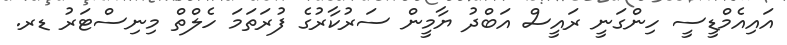
އައިއެމްޑީސީ ހިންގަނީ ރައީސް އަބްދު ޔާމީން ސަރުކާރުގެ ފުރަތަމަ ހެލްތް މިނިސްޓަރު ޑރ.